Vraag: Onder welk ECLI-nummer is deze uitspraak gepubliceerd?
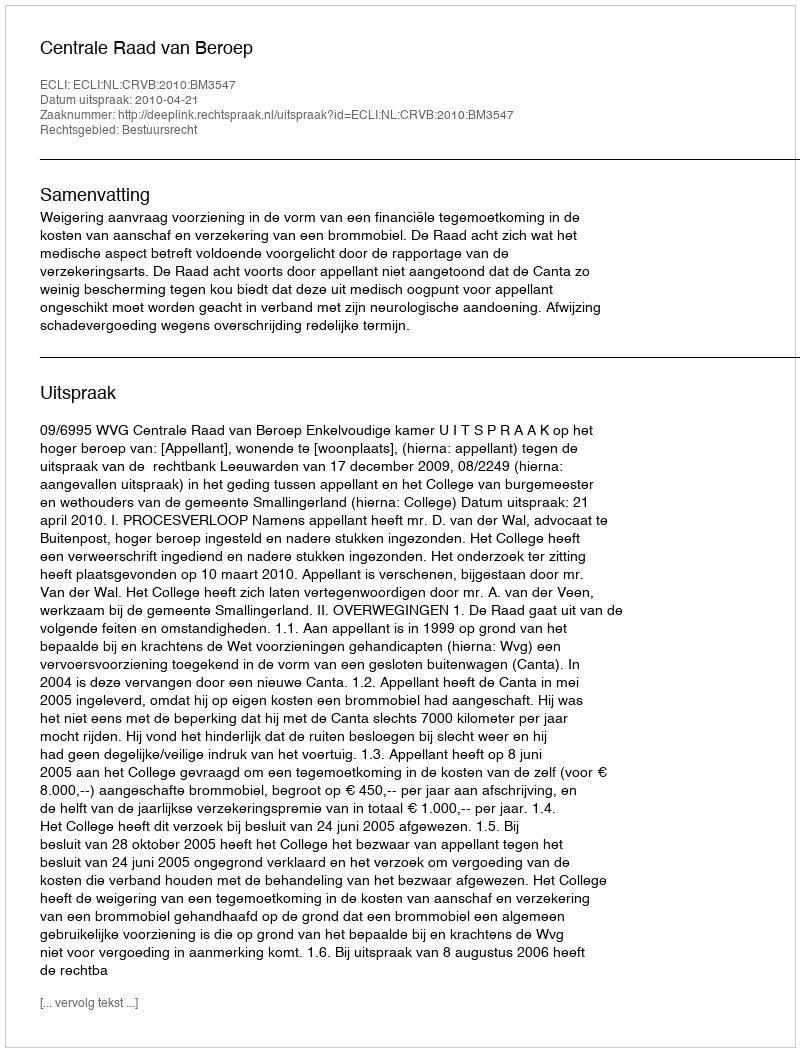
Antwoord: ECLI:NL:CRVB:2010:BM3547